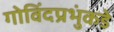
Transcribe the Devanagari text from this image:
गोविंदप्रभुंकडे